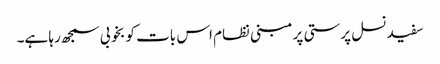
سفید نسل پرستی پر مبنی نظام اس بات کو بخوبی سمجھ رہا ہے۔